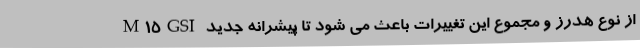
M15GSI از نوع هدرز و مجموع این تغییرات باعث می شود تا پیشرانه جدید